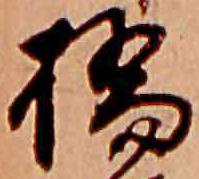
橋